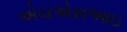
એચએસઆઇ